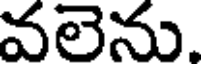
వలెను.